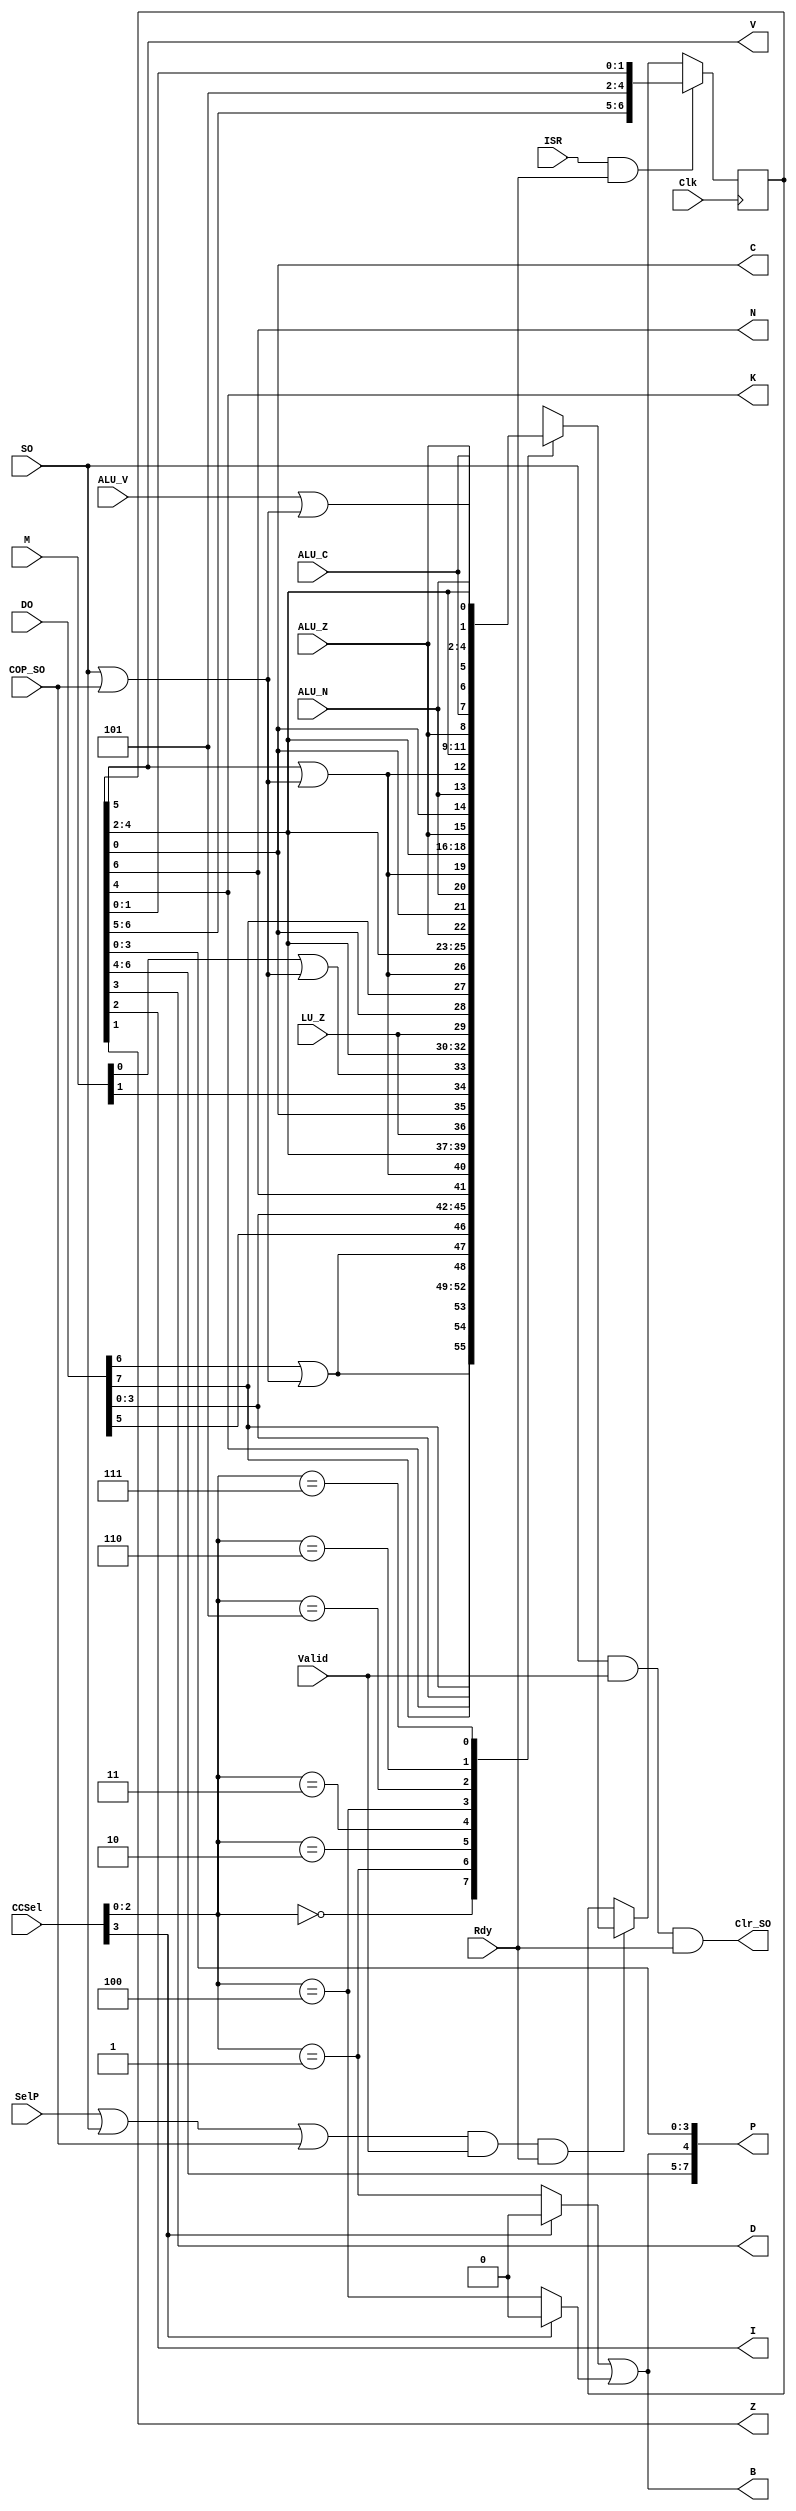
////////////////////////////////////////////////////////////////////////////////
//
//  M65C02A soft-core microcomputer project.
// 
//  Copyright 2015 by Michael A. Morris, dba M. A. Morris & Associates
//
//  All rights reserved. The source code contained herein is publicly released
//  under the terms and conditions of the GNU General Public License as conveyed
//  in the license provided below.
//
//  This program is free software: you can redistribute it and/or modify it
//  under the terms of the GNU General Public License as published by the Free
//  Software Foundation, either version 3 of the License, or any later version.
//
//  This program is distributed in the hope that it will be useful, but WITHOUT
//  ANY WARRANTY; without even the implied warranty of MERCHANTABILITY or
//  FITNESS FOR A PARTICULAR PURPOSE.  See the GNU General Public License for
//  more details.
//
//  You should have received a copy of the GNU General Public License along with
//  this program.  If not, see <http://www.gnu.org/licenses/>, or write to
//
//  Free Software Foundation, Inc.
//  51 Franklin Street, Fifth Floor
//  Boston, MA  02110-1301 USA
//
//  Further, no use of this source code is permitted in any form or means
//  without inclusion of this banner prominently in any derived works.
//
//  Michael A. Morris <morrisma_at_mchsi_dot_com>
//  164 Raleigh Way
//  Huntsville, AL 35811
//  USA
//
////////////////////////////////////////////////////////////////////////////////
`timescale 1ns / 1ps
////////////////////////////////////////////////////////////////////////////////
// Company:         M. A. Morris & Associates
// 
// Design Name:     Enhanced Microprogrammed 6502-Compatible Soft-Core Processor
// Module Name:     M65C02A_PSW.v
// Project Name:    C:\XProjects\ISE10.1i\M6502A 
// Target Devices:  Generic SRAM-based FPGA 
// Tool versions:   Xilinx ISE10.1i SP3
// 
// Description:
//
//  Module implements the PSW of the M65C02_ALUv2 module.  
//
// Dependencies:    None
//
// Revision:
//
//  1.00    15A03   MAM     Initial release.
//
//  1.10    15B08   MAM     Modified to incorporate the mode bit. Labeled as K
//                          instead of M as shown in the User's Guide, because
//                          the M signal name already used for the memory op.
//                          The CCSel code for pBRK is reused during RTI. When
//                          the RTI instruction writes the PSW, the K (mode) bit
//                          is updated. Required expansion of PSW from 6 to 7
//                          bits. Also forced K to 1 when an interrupt is taken.
//
//  1.11    15F28   MAM     Added (but left commented out) logic to support COP
//                          status testing using the PSW.V flag.
//
//  1.20    15G18   MAM     Corrected issue with the Kernel mode and the BRK
//                          handling added when Kernel/User modes and Sk and Su
//                          stack pointers added to the module. The wrong stack
//                          pointer was being used part of the time that the
//                          BRK microroutine was executing, and switching to
//                          Kernel mode with BRK was clearing the PSW.
//
//  1.30    15G21   MAM     Correction that allows the K (Mode) to be loaded
//                          from data on the stack when PLP/RTI executed. K is 
//                          only loaded from the stack or when the current mode
//                          is set to Kernel, otherwise the mode is preserved.
//
//  1.31    15G31   MAM     Changed the logic that allows modification of K bit
//                          so that K is allowed to change only on an RTI; PLP
//                          cannot be allowed to change the K bit. CCSel field
//                          passed in as pBRK during RTI instruction to imple-
//                          ment this feature.
//
// Additional Comments: 
//
////////////////////////////////////////////////////////////////////////////////

module M65C02A_PSW (
    input   Clk,
    
    input   SO,
    output  Clr_SO,
    
    input   COP_SO,
    
    input   SelP,
    input   Valid,
    input   Rdy,
    
    input   ISR,
    
    input   [3:0] CCSel,
    
    input   ALU_C,
    input   ALU_Z,
    input   ALU_V,
    input   ALU_N,

    input   LU_Z,
    input   [ 7:6] M,

    input   [15:0] DO,

    output  [ 7:0] P,
    
    output  N,
    output  V,
    output  K,
    output  B,
    output  D,
    output  I,
    output  Z,
    output  C
);

////////////////////////////////////////////////////////////////////////////////
//
//  Local Parameters
//

localparam pPSW  = 3'b000;  // Set P from ALU
localparam pBRK  = 3'b001;  // Set P.4 when pushing P during interrupt handling
localparam pZ    = 3'b010;  // Set Z = ~|(A & M)
localparam pNVZ  = 3'b011;  // Set N and V flags from M[7:6], and Z = ~|(A & M)
localparam pPHP  = 3'b100;  // Set P.4 when executing PHP instruction
localparam pNZ   = 3'b101;  // Set N and Z flags from ALU
localparam pNZC  = 3'b110;  // Set N, Z, and C flags from ALU
localparam pNVZC = 3'b111;  // Set N, V, Z, and C from ALU

////////////////////////////////////////////////////////////////////////////////
//
//  Declarations
//

reg     [6:0] PSW;
wire    SV;

////////////////////////////////////////////////////////////////////////////////
//
//  PSW - Processor Status Word: {N, V, K, D, I, Z, C}
//

assign WE_P = ((SelP | SO | COP_SO) & Valid & Rdy); // Write Enable for PSW
assign SV   = (        SO | COP_SO);                // Set V - SO | COP_SO

always @(posedge Clk)
begin
    if(ISR & Rdy)
        PSW <= #1 {N, V, 1'b1, 1'b0, 1'b1, Z, C};
    else if(WE_P) 
        case(CCSel[2:0])
            pPSW  : PSW <= #1 {DO[7], (DO[6] | SV), K    , DO[3:0]           };
            pBRK  : PSW <= #1 {DO[7], (DO[6] | SV), DO[5], DO[3:0]           };
            pZ    : PSW <= #1 {    N, (V     | SV), K    , D, I,  LU_Z,     C};
            pNVZ  : PSW <= #1 { M[7], (M[6]  | SV), K    , D, I,  LU_Z,     C};
            pPHP  : PSW <= #1 {DO[7], (V     | SV), K    , D, I, ALU_Z,     C};
            pNZ   : PSW <= #1 {ALU_N, (V     | SV), K    , D, I, ALU_Z,     C};
            pNZC  : PSW <= #1 {ALU_N, (V     | SV), K    , D, I, ALU_Z, ALU_C};
            pNVZC : PSW <= #1 {ALU_N, (ALU_V | SV), K    , D, I, ALU_Z, ALU_C};
        endcase
end

//  Decode CCSel

assign BRK = ((CCSel[3]) ? 1'b0 : (CCSel[2:0] == pBRK));
assign PHP = ((CCSel[3]) ? 1'b0 : (CCSel[2:0] == pPHP));

//  Decode PSW bits

assign N = PSW[6];  // Negative, nominally Out[7], but M[7] if BIT/TRB/TSB
assign V = PSW[5];  // oVerflow, nominally OV,     but M[6] if BIT/TRB/TSB
assign K = PSW[4];  // Mode, nominally 1, modified by DO[5] only during RTI
assign B = (BRK | PHP); // Break
assign D = PSW[3];  // Decimal, set/cleared by SED/CLD, cleared on ISR entry
assign I = PSW[2];  // Interrupt Mask, set/cleared by SEI/CLI, set on ISR entry
assign Z = PSW[1];  // Zero, nominally ~|Out, but ~|(A&M) if BIT/TRB/TSB
assign C = PSW[0];  // Carry, set/cleared  by SEC/CLC, ADC/SBC, ASL/ROL/LSR/ROR

//  Assign PSW bits to P (PSW output port)

assign P = {N, V, K, B, D, I, Z, C};

//  Generate for Acknowledge SO Command

assign Clr_SO = SO & Valid & Rdy;

endmodule